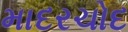
માદરચોદ